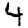
Digit: 4